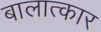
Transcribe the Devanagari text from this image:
बालात्कार